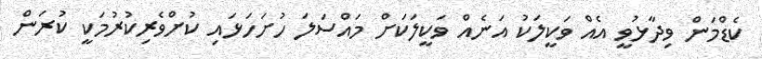
ކެޑްމަން ވިދާޅުވީ އެއް ވަކީލަކު އަނެއް ވަކީލަކަށް މައްސަލަ ހުށަހަޅައި ކުށްވެރިކުރުމަކީ ކުރަން